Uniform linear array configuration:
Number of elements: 48
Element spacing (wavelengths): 0.75
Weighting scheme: blackman
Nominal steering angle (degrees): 60
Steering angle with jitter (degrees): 59.697
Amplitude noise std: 0.05
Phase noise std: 0.05

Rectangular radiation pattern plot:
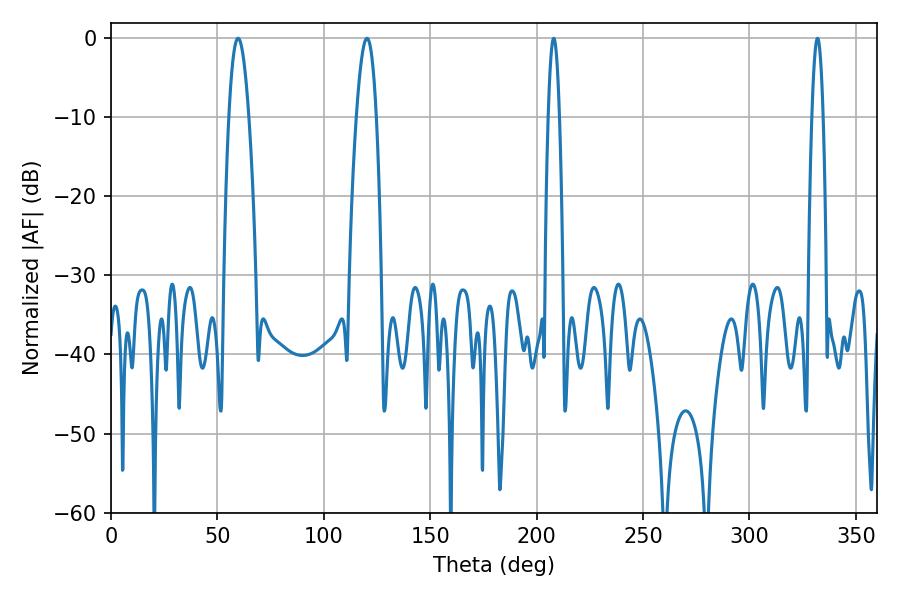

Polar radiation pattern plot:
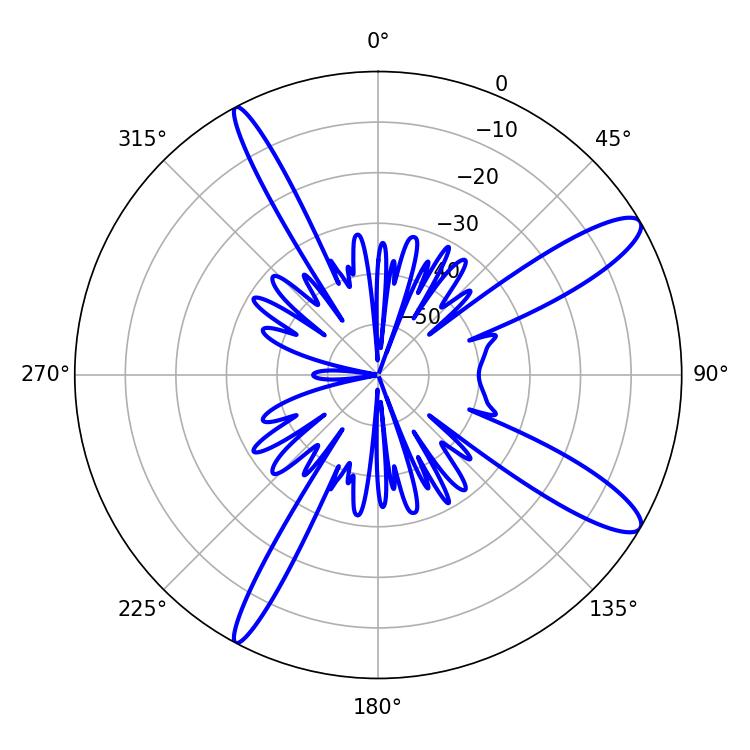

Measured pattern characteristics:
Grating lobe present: TRUE
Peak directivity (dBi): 12.354
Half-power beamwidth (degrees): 5.22
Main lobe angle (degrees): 59.76